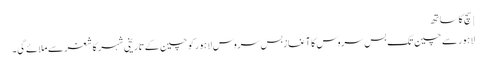
| سچ کا ساتھ
لاہور سے چین تک بس سروس کا آغازبس سروس لاہور کو چین کے تاریخی شہر کاشغر سے ملائے گی۔